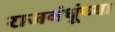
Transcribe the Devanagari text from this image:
राजबंधूंच्या